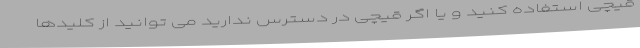
قیچی استفاده کنید و یا اگر قیچی در دسترس ندارید می توانید از کلیدها